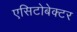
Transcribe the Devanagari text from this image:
एसिटोबेक्टर